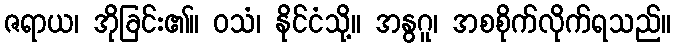
ဇရာယ၊ အိုခြင်း၏။ ဝသံ၊ နိုင်ငံသို့။ အနွဂူ၊ အစစိုက်လိုက်ရသည်။